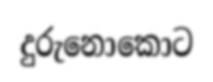
දුරුනොකොට